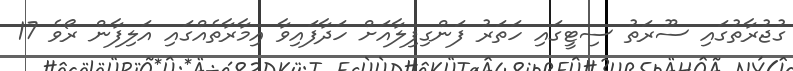
ގުޖުރާތުގައި ސޫރަތު ސިޓީގައި ހަތަރު ފަންގިފިލާއަށް ހަދާފައިވާ އިމާރާތެއްގައި އަލިފާން ރޯވެ 17